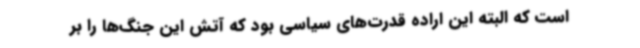
است که البته این اراده قدرت‌های سیاسی بود که آتش این جنگ‌ها را بر